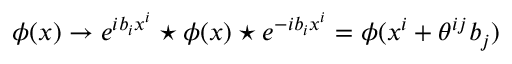
\phi ( x ) \rightarrow e ^ { i b _ { i } x ^ { i } } \star \phi ( x ) \star e ^ { - i b _ { i } x ^ { i } } = \phi ( x ^ { i } + \theta ^ { i j } b _ { j } )